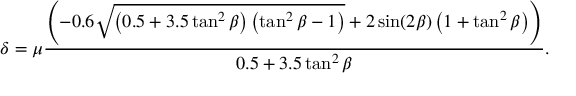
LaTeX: \delta = \mu \frac { \left( - 0 . 6 \sqrt { \left( 0 . 5 + 3 . 5 \tan ^ { 2 } \beta \right) \left( \tan ^ { 2 } \beta - 1 \right) } + 2 \sin ( 2 \beta ) \left( 1 + \tan ^ { 2 } \beta \right) \right) } { 0 . 5 + 3 . 5 \tan ^ { 2 } \beta } .